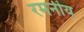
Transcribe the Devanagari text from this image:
रमनीय